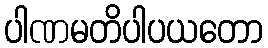
ပါဏမတိပါပယတော